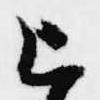
上